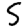
Digit: 5